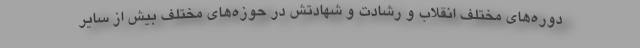
دوره‌های مختلف انقلاب و رشادت و شهادتش در حوزه‌های مختلف بیش از سایر